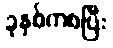
ခုနှစ်ကစပြီး